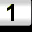
Digit: 1